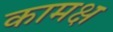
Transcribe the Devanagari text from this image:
कामक्ष